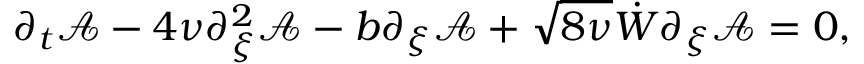
\partial _ { t } \mathcal { A } - 4 \nu \partial _ { \xi } ^ { 2 } \mathcal { A } - b \partial _ { \xi } \mathcal { A } + \sqrt { 8 \nu } \dot { W } \partial _ { \xi } \mathcal { A } = 0 ,